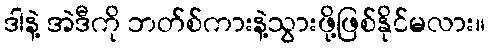
ဒါနဲ့ အဲဒီကို ဘတ်စ်ကားနဲ့သွားဖို့ဖြစ်နိုင်မလား။